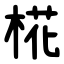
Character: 椛